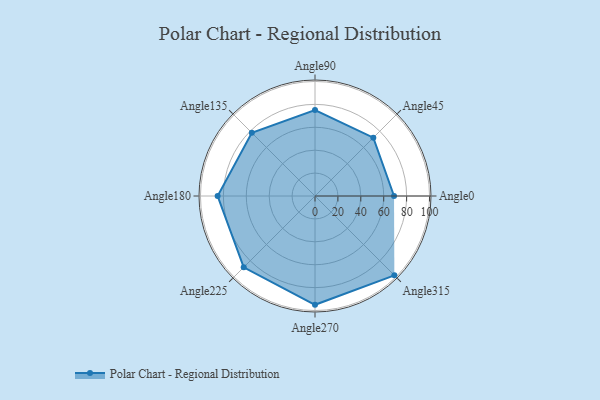
{"axis": {"x": "Angle", "y": "Radius"}, "legend": [""], "data": [{"x": "Angle0", "y": 69.0, "type": ""}, {"x": "Angle45", "y": 72.0, "type": ""}, {"x": "Angle90", "y": 75.0, "type": ""}, {"x": "Angle135", "y": 78.0, "type": ""}, {"x": "Angle180", "y": 85.0, "type": ""}, {"x": "Angle225", "y": 88.0, "type": ""}, {"x": "Angle270", "y": 95.0, "type": ""}, {"x": "Angle315", "y": 98.0, "type": ""}]}